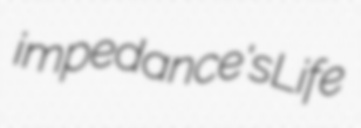
impedance's Life